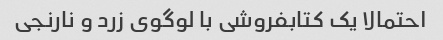
احتمالا یک کتابفروشی با لوگوی زرد و نارنجی